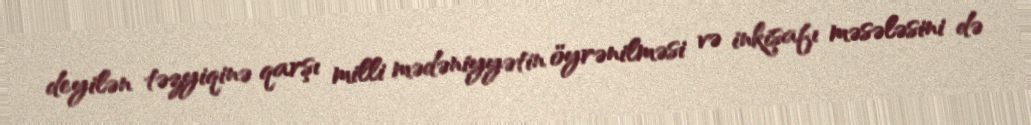
deyilən təzyiqinə qarşı milli mədəniyyətin öyrənilməsi və inkişafı məsələsini də